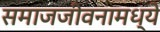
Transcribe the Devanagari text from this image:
समाजजीवनामध्ये